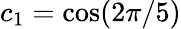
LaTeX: c_{1}=\cos(2\pi/5)